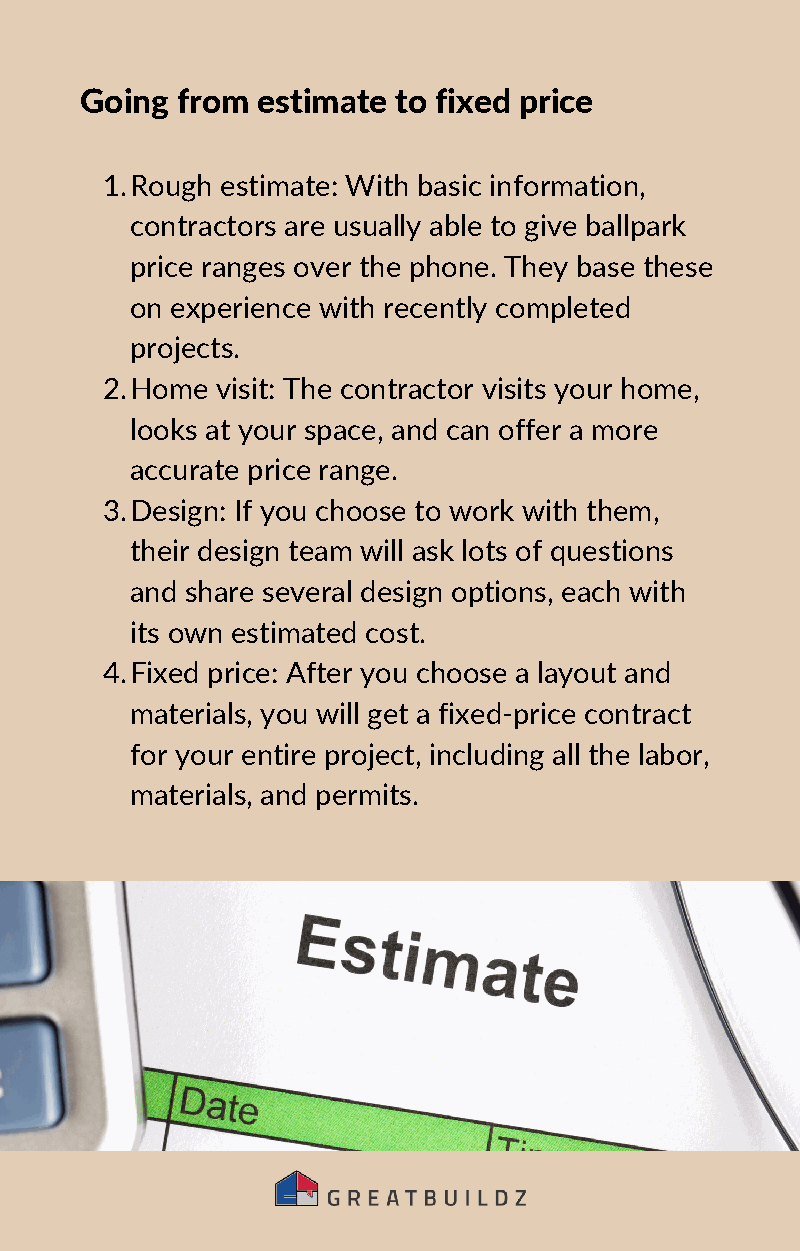
Going  from estimate to fixed price
 1.Rough estimate: With basic information,
 contractors are usually able to give ballpark
 price ranges over the phone. They base these
 on experience with recently completed
 projects.
 2.Home visit: The contractor visits your home,
 looks at your space, and can offer a more
 accurate price range.
 3.Design: If you choose to work with them,
 their design team will ask lots of questions
 and share several design options, each with
 its own estimated cost.
 4.Fixed price: After you choose a layout and
 materials, you will get a fixed-price contract
 for your entire project, including all the labor,
 materials, and permits.